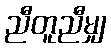
ညီတူညီမျှ